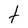
Character: t